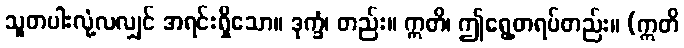
သူတပါးလုံ့လလျှင် အရင်းရှိသော။ ဒုက္ခံ၊ တည်း။ ဣတိ၊ ဤရွေ့တရပ်တည်း။ (ဣတိ